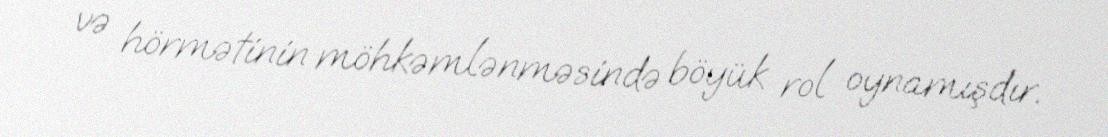
və hörmətinin möhkəmlənməsində böyük rol oynamışdır.